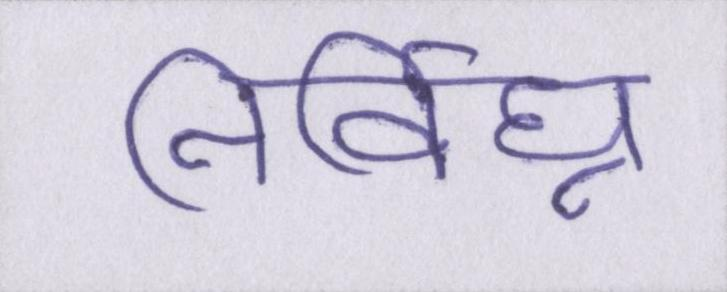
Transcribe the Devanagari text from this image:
निर्विघ्न